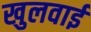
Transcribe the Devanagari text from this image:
खुलवाईं